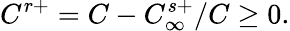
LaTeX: C^{r+}=C-C_{\infty}^{s+}/C\geq 0.